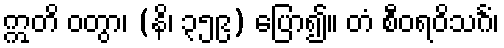
ဣတိ ဝတွာ၊ (နိ၊ ၃၅၉) ပြော၍။ တံ စီဝရဝိသင်္ဂံ၊